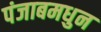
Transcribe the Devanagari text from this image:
पंजाबमधुन